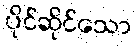
ပိုင်ဆိုင်သော